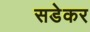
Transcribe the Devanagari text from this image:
सडेकर